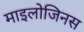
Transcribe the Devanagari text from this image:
माइलोजिनस